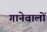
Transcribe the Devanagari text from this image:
गानेवालों